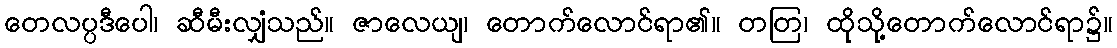
တေလပ္ပဒီပေါ၊ ဆီမီးလျှံသည်။ ဇာလေယျ၊ တောက်လောင်ရာ၏။ တတြ၊ ထိုသို့တောက်လောင်ရာ၌။